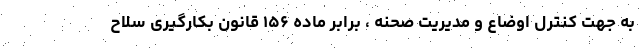
به جهت کنترل اوضاع و مدیریت صحنه ، برابر ماده ۱۵۶ قانون بکارگیری سلاح